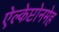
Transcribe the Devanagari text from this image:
ऐल्केप्टोनमेह